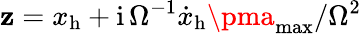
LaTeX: \mathbf{z}=x_{\mathrm{{h}}}+\mathrm{{i}}\, \Omega^{-1}{\dot{{x}}}_{\mathrm{{h}}}\pma_{\mathrm{{max}}}/\Omega^{2}